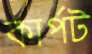
কার্পট